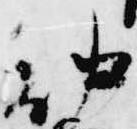
仲